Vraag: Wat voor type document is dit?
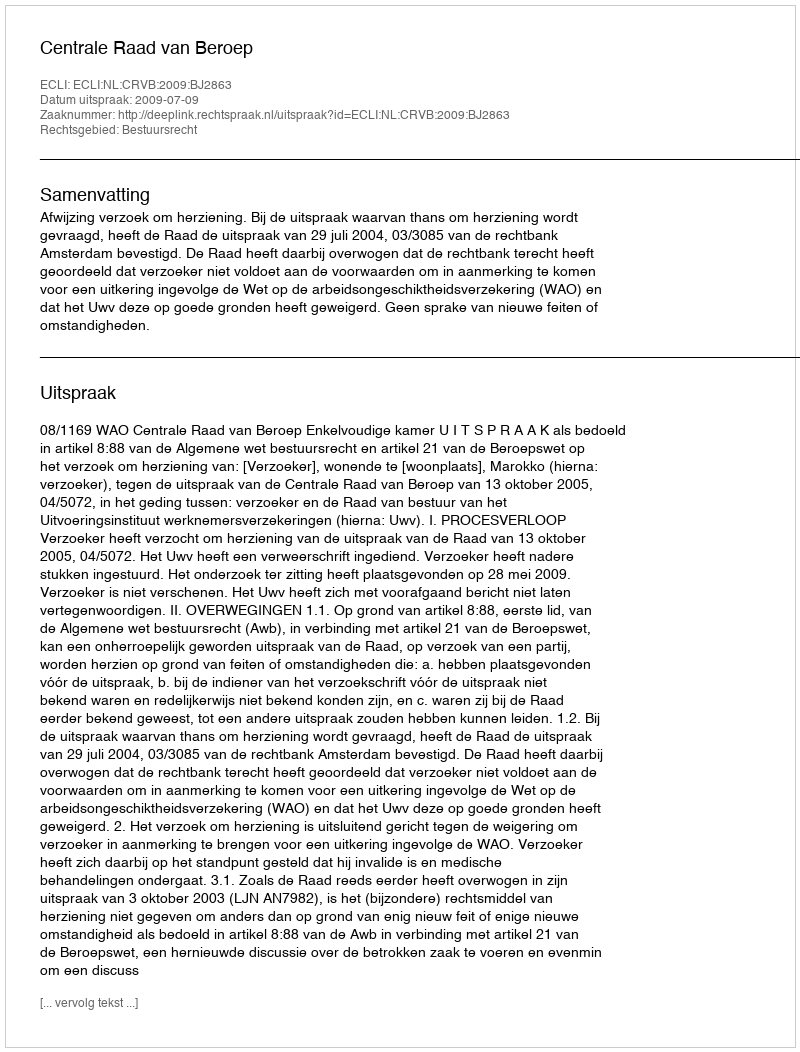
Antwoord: Uitspraak